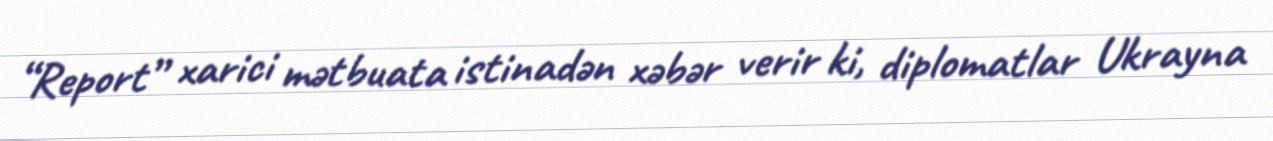
“Report” xarici mətbuata istinadən xəbər verir ki, diplomatlar Ukrayna